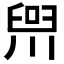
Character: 𪡢